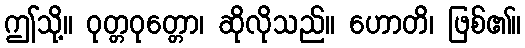
ဤသို့။ ဝုတ္တဝုတ္တော၊ ဆိုလိုသည်။ ဟောတိ၊ ဖြစ်၏။